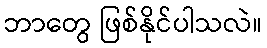
ဘာတွေ ဖြစ်နိုင်ပါသလဲ။